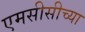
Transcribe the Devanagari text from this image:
एमसीसीच्या